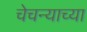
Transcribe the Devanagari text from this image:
चेचन्याच्या